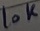
Text: 10K